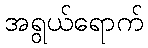
အရွယ်ရောက်